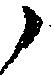
之